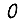
Digit: 0